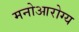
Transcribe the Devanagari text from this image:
मनोआरोग्य